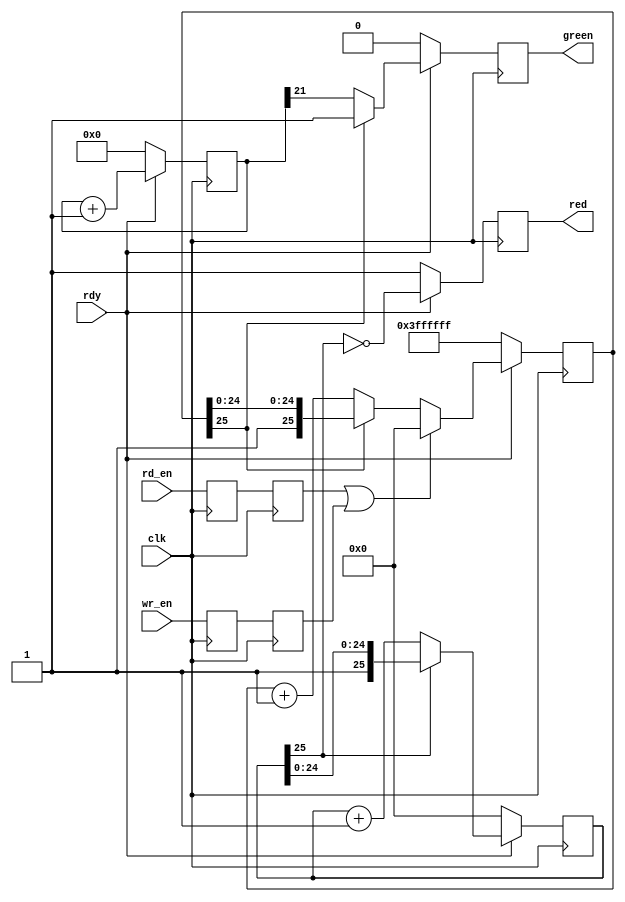
`timescale 1ns / 1ps
//////////////////////////////////////////////////////////////////////////////////
// Company: 
// Engineer: 
// 
// Design Name: 
// Module Name:    Aurora_FPGA_LED_driver 
// Project Name: 
// Target Devices: 
// Tool versions: 
// Description: 
//
// Dependencies: 
//
// Revision: 
// Revision 0.01 - File Created
// Additional Comments: 
//
//////////////////////////////////////////////////////////////////////////////////
module Aurora_FPGA_LED_driver(
		input clk, //33Mhz clock
		input rdy,
		input wr_en,
		input rd_en,
		output green,
		output red
    );

reg red_reg;
reg green_reg;
reg [22:0] blink_cnt;
wire trans_data;
reg wr_en_pipe_1;
reg rd_en_pipe_1;
reg wr_en_pipe_2;
reg rd_en_pipe_2;
reg [25:0] blink_valid_cnt;
reg [25:0] blink_red_cnt;

always@(posedge clk) begin
	wr_en_pipe_1<=wr_en;
	wr_en_pipe_2<=wr_en_pipe_1;
end

always@(posedge clk) begin
	rd_en_pipe_1<=rd_en;
	rd_en_pipe_2<=rd_en_pipe_1;
end

assign trans_data=  rd_en_pipe_2 | wr_en_pipe_2;

always@(posedge clk) begin
	if(~rdy)
		red_reg<=1'b1;
	else
		red_reg<=(~blink_red_cnt[25]);
end

always@(posedge clk) begin
	if(~rdy)
		green_reg<=1'b0;
	else if(blink_valid_cnt[25]==1'b0)
		green_reg<=blink_cnt[21];
	else
		green_reg<=1'b1;
end

always@(posedge clk) begin
	if(~rdy)
		blink_cnt<=23'b0;
	else	
		blink_cnt<=blink_cnt+1'b1;
end

always@(posedge clk) begin
	if(~rdy)
		blink_red_cnt<=26'b0;
	else if(blink_red_cnt[25]==1'b0)
		blink_red_cnt<=blink_red_cnt+1'b1;
	else
		blink_red_cnt<=blink_red_cnt;
end

always@(posedge clk) begin
	if(~rdy)
			blink_valid_cnt<=26'h3FFFFFF;
	else if(trans_data)
			blink_valid_cnt<=26'b0;
	else if(blink_valid_cnt[25]==1'b0)
			blink_valid_cnt<=blink_valid_cnt+1'b1;
	else
			blink_valid_cnt<=blink_valid_cnt;			
end

assign red =red_reg;
assign green =green_reg;

endmodule